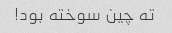
ته چین سوخته بود!